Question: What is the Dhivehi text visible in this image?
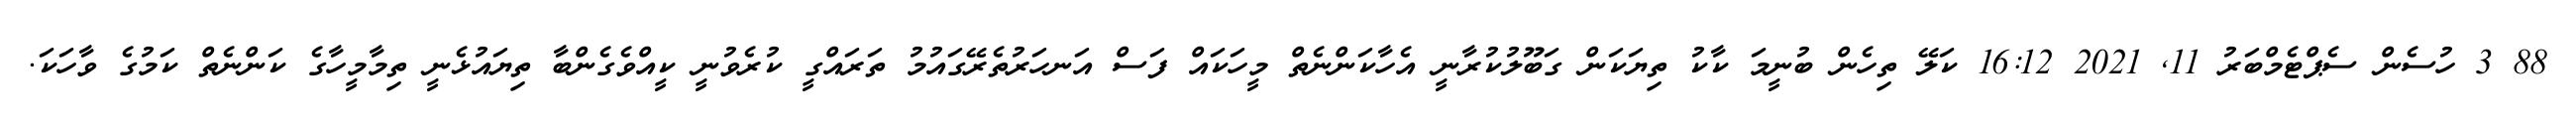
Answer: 88 3 ހުސެން ސެޕްޓެމްބަރު 11, 2021 16:12 ކަލޭ ތިހެން ބުނީމަ ކާކު ތިޔަކަން ގަބޫލުކުރާނީ އެހާކަންނެތް މީހަކައް ފަސް އަނހަރުތެރޭގައުމު ތަރައްގީ ކުރެވުނީ ކީއްވެގެންބާ ތިޔައުޅެނީ ތިމާމީހާގެ ކަންނެތް ކަމުގެ ވާހަކަ.